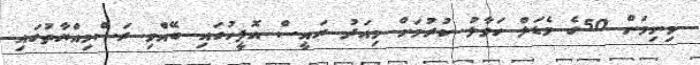
މިނިވަން 50ގެ މެޑަލް ހަވާލު ކުރުމަށް މިއަދު ރައީސް އޮފީހުގައި ބޭއްވި ރަސްމިއްޔާތުގައި